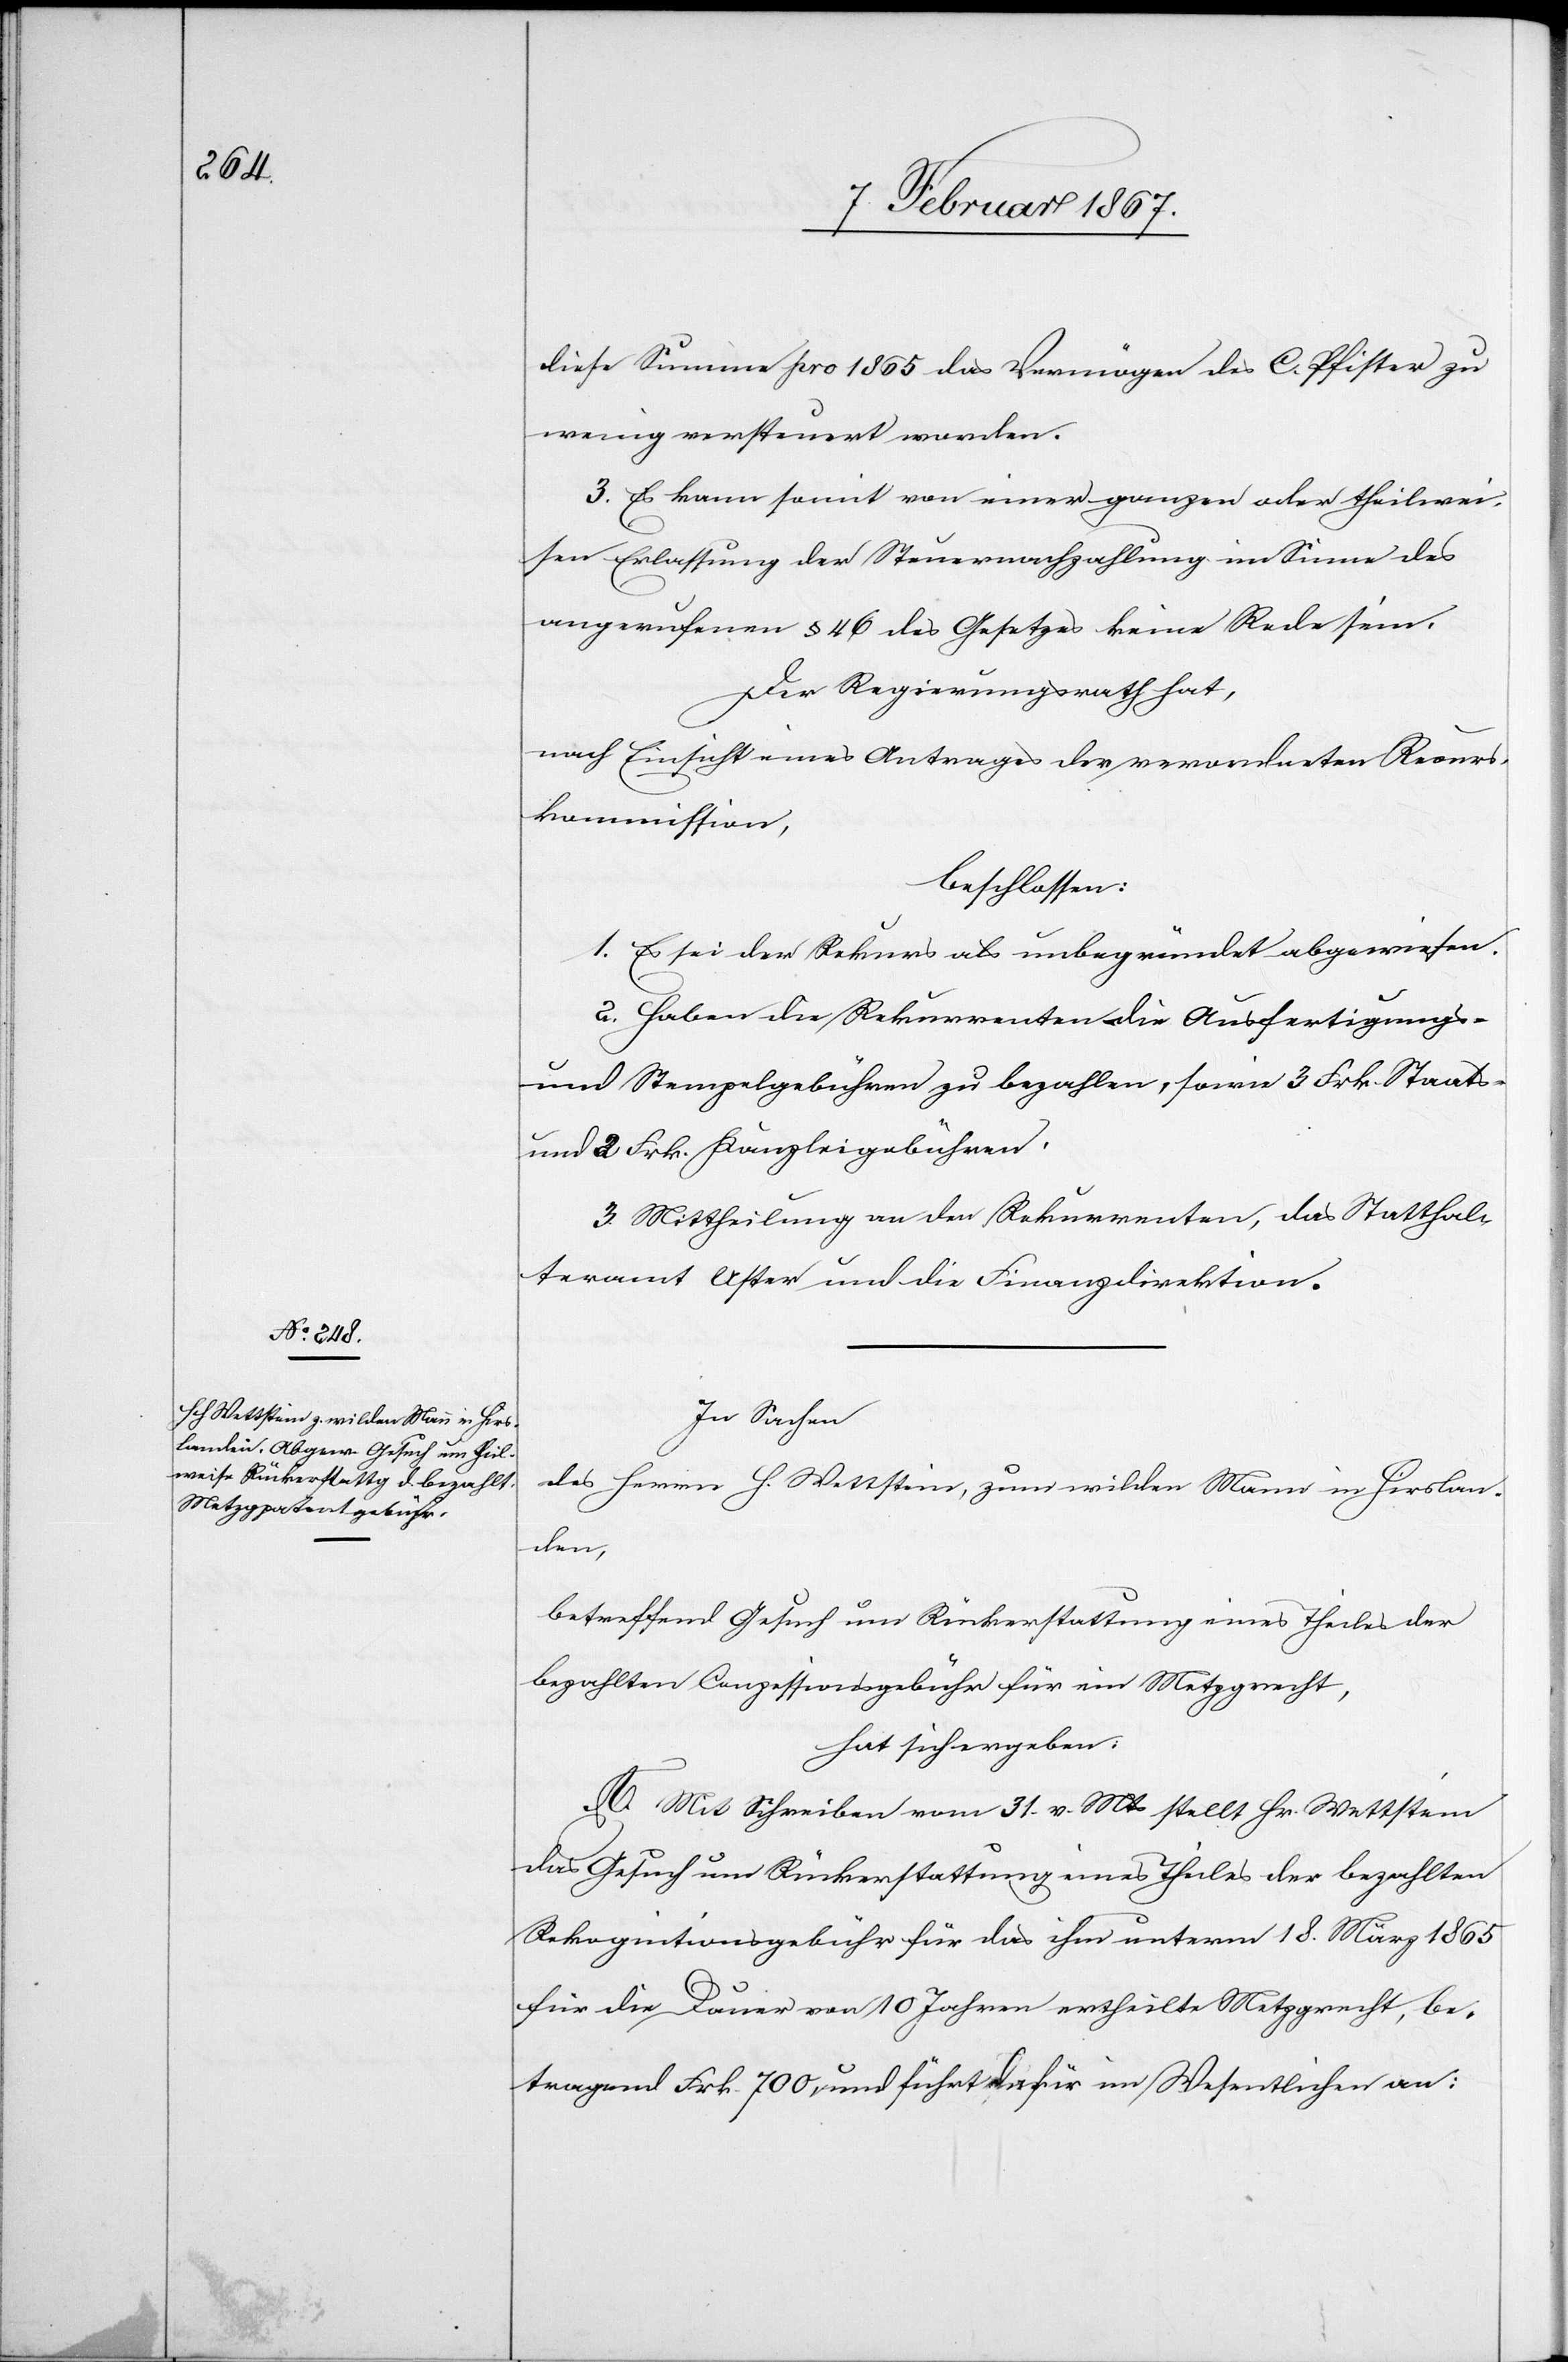
diese Summe pro 1865 das Vermögen des C. Pfister zu
wenig versteuert worden.
3. Es kann somit von einer ganzen oder theilwei¬
sen Erlassung der Steuernachzahlung im Sinne des
angerufenen § 46 des Gesetzes keine Rede sein.
Der Regierungsrath hat,
nach Einsicht eines Antrages der verwendeten Recurs¬
kommission,
beschlossen:
1. Es sei der Rekurs als unbegründet abgewiesen.
2. Haben die Rekurrenten die Ausfertigungs-
und Stempelgebühren zu bezahlen, sowie 3 Frk. Staats-
und 2 Frk. Kanzleigebühren.
3. Mittheilung an den Rekurrenten, das Statthal¬
teramt Uster und die Finanzdirektion.
In Sachen
des Herrn H. Wettstein, zum wilden Mann in Hirslan¬
den,
betreffend Gesuch um Rückerstattung eines Theiles der
bezahlten Conzessionsgebühr für ein Metzgrecht,
hat sich ergeben:
A. Mit Schreiben vom 31. v. Mts stellt Hr. Wettstein
das Gesuch um Rückerstattung eines Theiles der bezahlten
Rekognitionsgebühr für das ihm unterm 18. März 1865
für die Dauer von 10 Jahren ertheilte Metzgrecht, be¬
tragend Frk. 700 und führt dafür im Wesentlichen an: